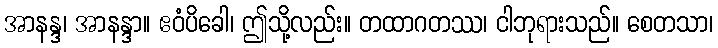
အာနန္ဒ၊ အာနန္ဒာ။ ဧဝံပိခေါ၊ ဤသို့လည်း။ တထာဂတဿ၊ ငါဘုရားသည်။ စေတသာ၊